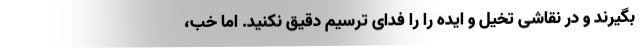
بگیرند و در نقاشی تخیل و ایده را را فدای ترسیم دقیق نکنید. اما خب،